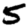
Digit: 5